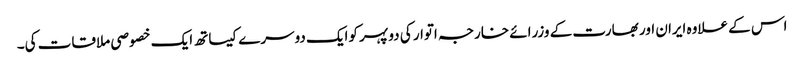
اس کے علاوہ ایران اور بھارت کے وزرائے خارجہ اتوار کی دو پہر کوایک دوسرے کیساتھ ایک خصوصی ملاقات کی۔